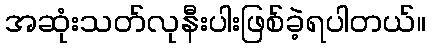
အဆုံးသတ်လုနီးပါးဖြစ်ခဲ့ရပါတယ်။